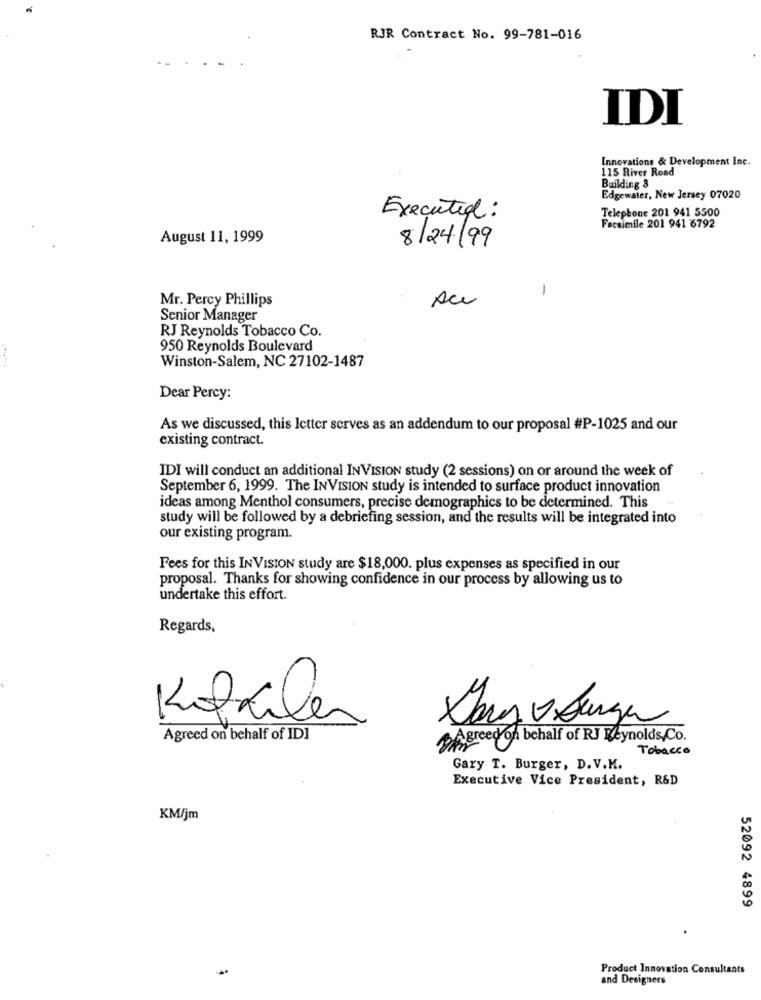
RJR Contract No. 99-781-016
IDI
Innovations & Development Inc.
115 River Road
Building 3
Edgewater, New Jersey 07020
Telephone 201 941 5500
Executed :
Facsimile 201 941 6792
August 11, 1999
8/24/99
1
Au
Mr. Percy Phillips
Senior Manager
RJ Reynolds Tobacco Co.
950 Reynolds Boulevard
Winston-Salem, NC 27102-1487
Dear Percy:
As we discussed, this letter serves as an addendum to our proposal #P-1025 and our
existing contract.
IDI will conduct an additional INVISION study (2 sessions) on or around the week of
September 6, 1999. The INVISION study is intended to surface product innovation
ideas among Menthol consumers, precise demographics to be determined. This
study will be followed by a debriefing session, and the results will be integrated into
our existing program.
Fees for this INVISION study are $18,000. plus expenses as specified in our
proposal. Thanks for showing confidence in our process by allowing us to
undertake this effort.
Regards,
Kofkiler
Agreed on behalf of IDI
Agreed on behalf of RJ Reynolds,Co.
Tobacco
Gary T. Burger, D. V.M.
Executive Vice President, R&D
KM/jm
52092 4899
Product Innovation Consultants
and Designers